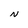
Character: N